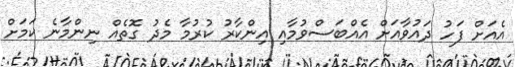
އެއަށް ފަހު ދައުވާއަށް އެއްބަސްވުމާއި އިންކާރު ކުރުމާ މެދު ގޮތެއް ނިންމާނެ ކަމަށް